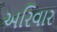
અરિવાર